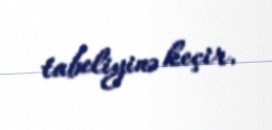
tabeliyinə keçir.